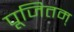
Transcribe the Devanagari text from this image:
पूजितम्